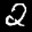
Label: 2